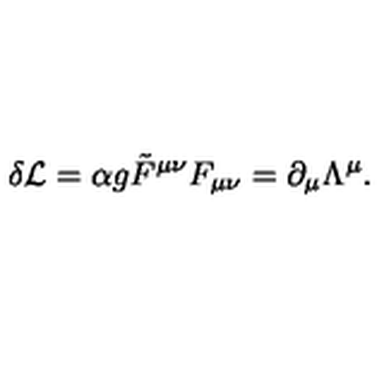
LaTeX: \delta { \cal L } = \alpha g { \tilde { F } } ^ { \mu \nu } F _ { \mu \nu } = \partial _ { \mu } \Lambda ^ { \mu } .